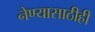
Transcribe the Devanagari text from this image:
नेण्यासाठीही